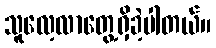
သူလေ့လာတွေ့ရှိခဲ့ပါတယ်။